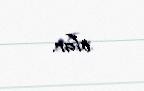
olar.